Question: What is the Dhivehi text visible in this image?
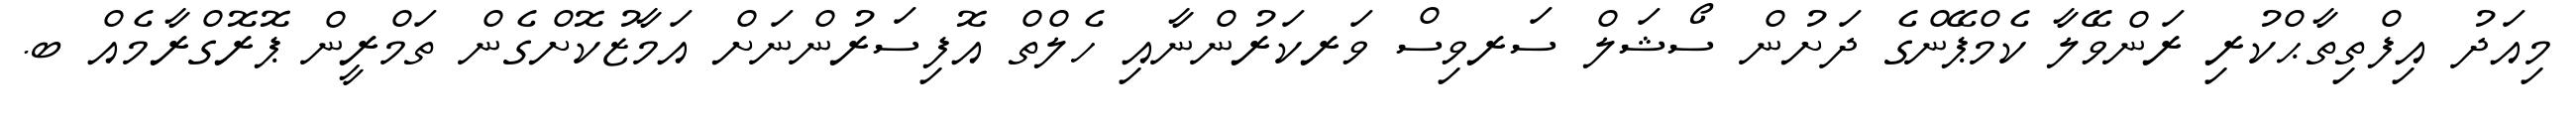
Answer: މިއަދު އިފްތިތާޙްކުރި ރަންވޭލާ ކެމްޕޭންގެ ދަށުން ސޯޝަލް ސަރވިސް ވަރކަރުންނާއި ހެލްތް އޮފިސަރުންނަށް އަމާޒުކޮށްގެން ތަމްރީން ޕޮރޮގްރާމެއް ބ.